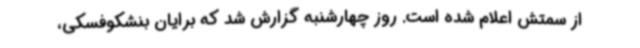
از سمتش اعلام شده است. روز چهارشنبه گزارش شد که برایان بنشکوفسکی،